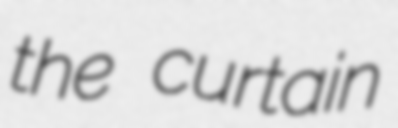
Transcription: the curtain